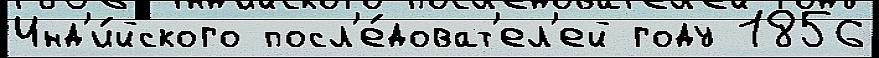
Инд'и́йского посл'е́доват'ел'ей году 1856